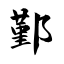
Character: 鄞